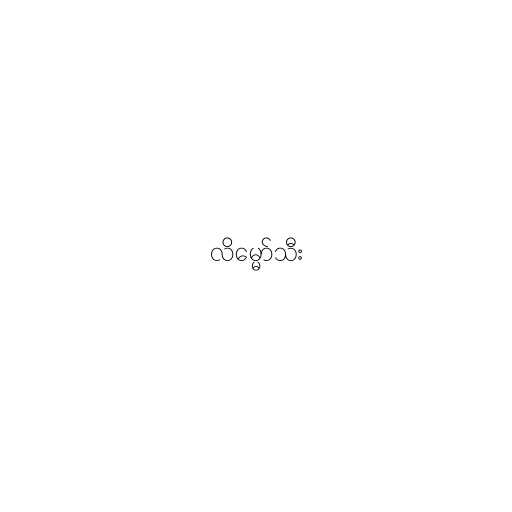
လိမ္မော်သီး